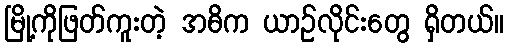
မြို့ကိုဖြတ်ကူးတဲ့ အဓိက ယာဉ်လိုင်းတွေ ရှိတယ်။